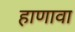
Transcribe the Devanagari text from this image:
हाणावा